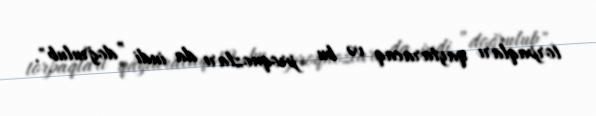
torpaqları qaytaracaq və bu proqnozları da indi ”doğrulub".